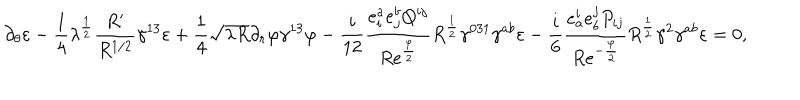
LaTeX: \partial _ { \theta } \varepsilon - { \frac { 1 } { 4 } } \lambda ^ { \frac { 1 } { 2 } } { \frac { R ^ { \prime } } { R ^ { 1 / 2 } } } \gamma ^ { 1 3 } \varepsilon + { \frac { 1 } { 4 } } \sqrt { \lambda R } \partial _ { r } \varphi \gamma ^ { 1 3 } \varphi - { \frac { i } { 1 2 } } { \frac { e _ { i } ^ { a } e _ { j } ^ { b } Q ^ { i j } } { R e ^ { \frac { \varphi } { 2 } } } } R ^ { \frac { 1 } { 2 } } \gamma ^ { 0 3 1 } \gamma ^ { a b } \varepsilon - { \frac { i } { 6 } } { \frac { e _ { a } ^ { i } e _ { b } ^ { j } P _ { i j } } { R e ^ { - { \frac { \varphi } { 2 } } } } } R ^ { \frac { 1 } { 2 } } \gamma ^ { 2 } \gamma ^ { a b } \varepsilon = 0 ,